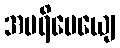
အပရိမေယျေ